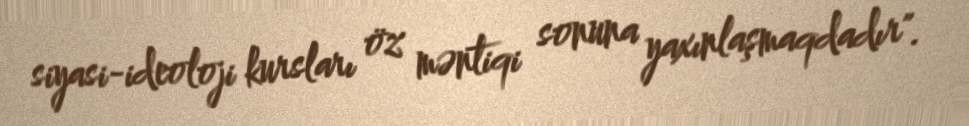
siyasi-ideoloji kursları öz məntiqi sonuna yaxınlaşmaqdadır".